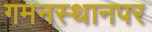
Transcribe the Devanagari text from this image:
गमनस्थानपर